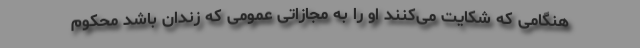
هنگامی که شکایت می‌کنند او را به مجازاتی عمومی که زندان باشد محکوم